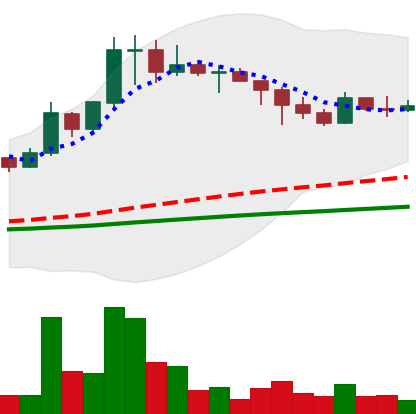
Ticker: DOGE-USD
Chart end date: 2021-02-21
Forward return: -9.825%
Label: down_7plus